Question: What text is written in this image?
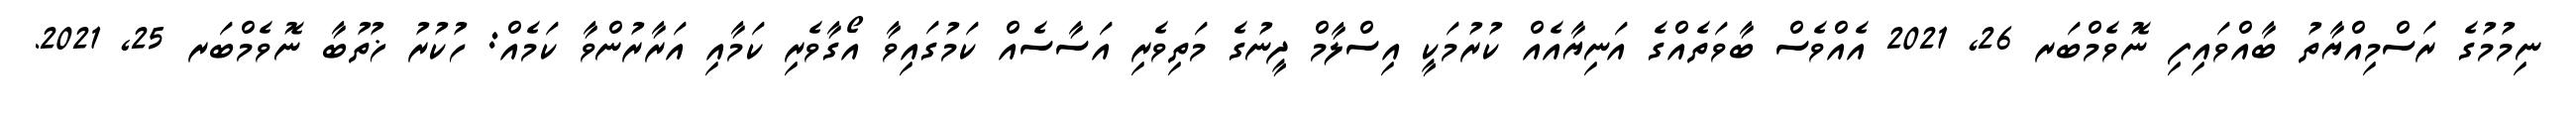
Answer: ނިމުމުގެ ރަސްމިއްޔާތު ބާއްވައިފި ނޮވެމްބަރ 26, 2021 އެއްވެސް ބާވަތެއްގެ އަނިޔާއެއް ކުރުމަކީ އިސްލާމް ދީނުގެ މަތިވެރި އަސާސެއް ކަމުގައިވާ އޯގާވެރި ކަމާއި އަރާރުންވާ ކަމެއް: ހުކުރު ޚުތުބާ ނޮވެމްބަރ 25, 2021.